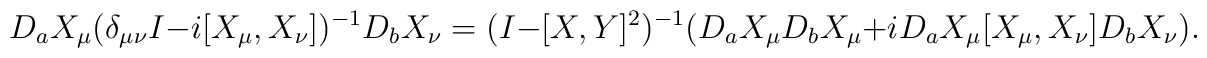
D_a X_{\mu} ( \delta_{\mu\nu}I - i [X_{\mu}, X_{\nu}] )^{-1} D_bX_{\nu} = ( I - [X,Y]^2 )^{-1} ( D_a X_{\mu} D_b X_{\mu} + i D_a X_{\mu}[X_{\mu}, X_{\nu}] D_b X_{\nu} ).